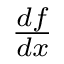
\textstyle { \frac { d f } { d x } }